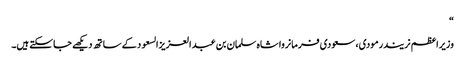
“
وزیراعظم نریندرمودی، سعودی فرمانروا شاہ سلمان بن عبد العزیزالسعود کے ساتھ دیکھے جاسکتے ہیں۔